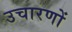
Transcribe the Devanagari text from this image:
उचारणों